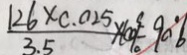
\frac { 1 2 6 \times 0 . 0 2 5 } { 3 . 5 } \times 1 0 0 ^ { 3 } = 9 0 ^ { \circ } 6